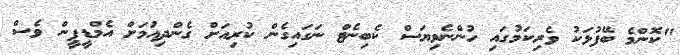
"ކޮންމެ ބޭފުޅަކު ވެރިކަމުގައި ހުންނެވިޔަސް ކެބިނެޓް ނަގައިގެން ކުރިއަށް ގެންދިއުމަށް އެމްޑީޕީން ވެސް